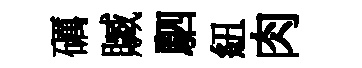
礪贓駟紐肉